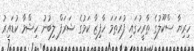
ހިރިޔާ ސްކޫލުގެ ތާރީހުގައި ފުރަތަމަ ހާފިޒާ ކަމުގެ ޝަރަފް ލިބުނު ހިޝްމާ ކުޑައިރު